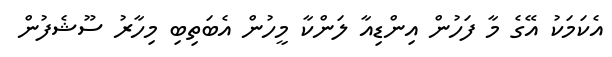
އެކަމަކު އޭގެ މާ ފަހުން އިންޑިއާ ލަންކާ މީހުން އެބަތިބި މިހާރު ސޫޝެފުން